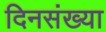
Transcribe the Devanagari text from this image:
दिनसंख्या